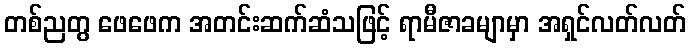
တစ်ညတွ ဖေဖေက အတင်းဆက်ဆံသဖြင့် ရာမီဇာခမျာမှာ အရှင်လတ်လတ်